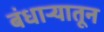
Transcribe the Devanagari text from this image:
बंधाऱ्यातून